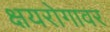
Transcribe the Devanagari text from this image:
क्षयरोगावर